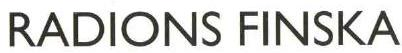
RADIONS FINSKA